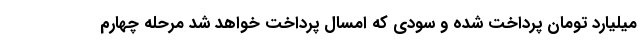
میلیارد تومان پرداخت شده و سودی که امسال پرداخت خواهد شد مرحله چهارم